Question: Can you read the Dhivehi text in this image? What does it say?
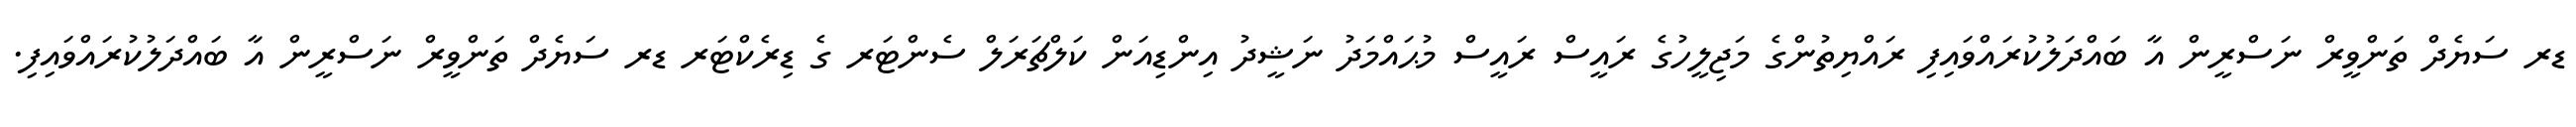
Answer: ޑރ ސަޔެދް ތަންވީރް ނަސްރީން އާ ބައްދަލުކުރައްވައިފި ރައްޔިތުންގެ މަޖިލީހުގެ ރައީސް ރައީސް މުޙައްމަދު ނަޝީދު އިންޑިއަން ކަލްޗަރަލް ސެންޓަރ ގެ ޑިރެކްޓަރ ޑރ ސަޔެދް ތަންވީރް ނަސްރީން އާ ބައްދަލުކުރައްވައިފި.